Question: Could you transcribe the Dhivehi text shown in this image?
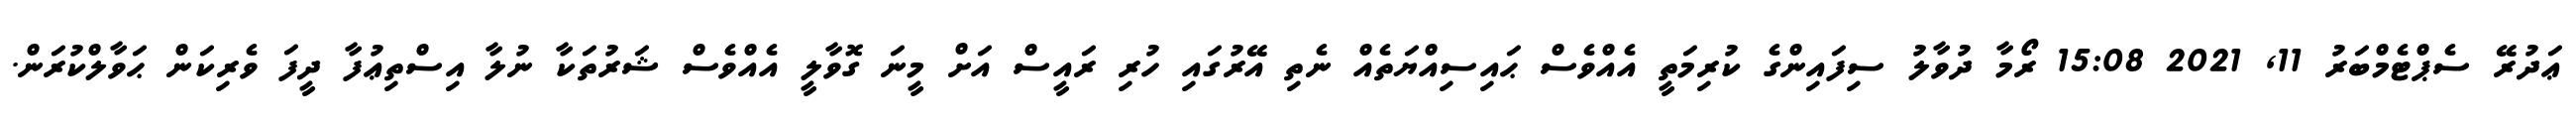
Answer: ޢަދުރޭ ސެޕްޓެމްބަރު 11, 2021 15:08 ރޯމާ ދުވާލު ސިފައިންގެ ކުރިމަތީ އެއްވެސް ޙައިސިއްޔަތެއް ނެތި އޭރުގައި ހުރި ރައީސް އަށް މީނަ ގޮވާލީ އެއްވެސް ޝަރުތަކާ ނުލާ އިސްތިޢުފާ ދީފަ ވެރިކަން ޙަވާލްކުރަން.